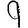
Digit: 9